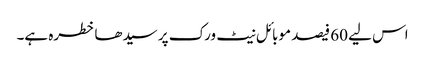
اس لیے 60 فیصد موبائل نیٹ ورک پر سیدھا خطرہ ہے۔